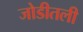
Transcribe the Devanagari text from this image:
जोडीतली